画像に写った文字を読んでください
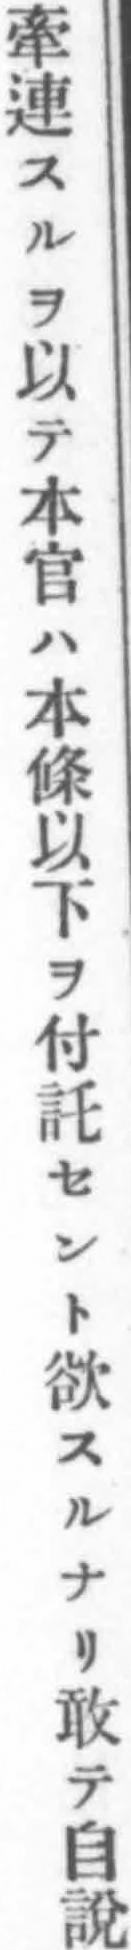
「牽連スルヲ以テ本官ハ本條以下ヲ付託セント欲スルナリ敢テ自說」と書いてあります